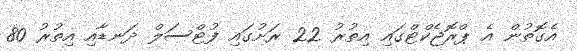
އެގޮތުން އެ ޕްރޮޖެކްޓްގައި އިތުރު 22 ރަށުގައި ފުޓްސަލް ދަނޑާއި އިތުރު 80